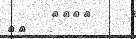
١٤